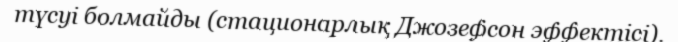
түсуі болмайды (стационарлық Джозефсон эффектісі).